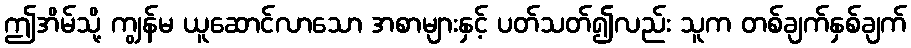
ဤအိမ်သို့ ကျွန်မ ယူဆောင်လာသော အစာများနှင့် ပတ်သတ်၍လည်း သူက တစ်ချက်နှစ်ချက်